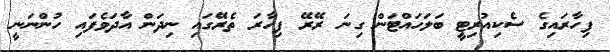
ފިހާރައިގެ ސެކިއުރިޓީ ބަލަހައްޓަން ގިނަ ރޭރޭ ފިހާރަ ތެރޭގައި ނިދަން އާދަވެފައި ހުންނަނީ